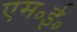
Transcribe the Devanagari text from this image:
एम॰ई॰